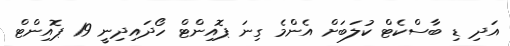
އަދި ޑި ބާސްކެޓް ކުލަބަށް އެންމެ ގިނަ ޕޮއިންޓް ހޯދައިދިނީ 19 ޕޮއިންޓް